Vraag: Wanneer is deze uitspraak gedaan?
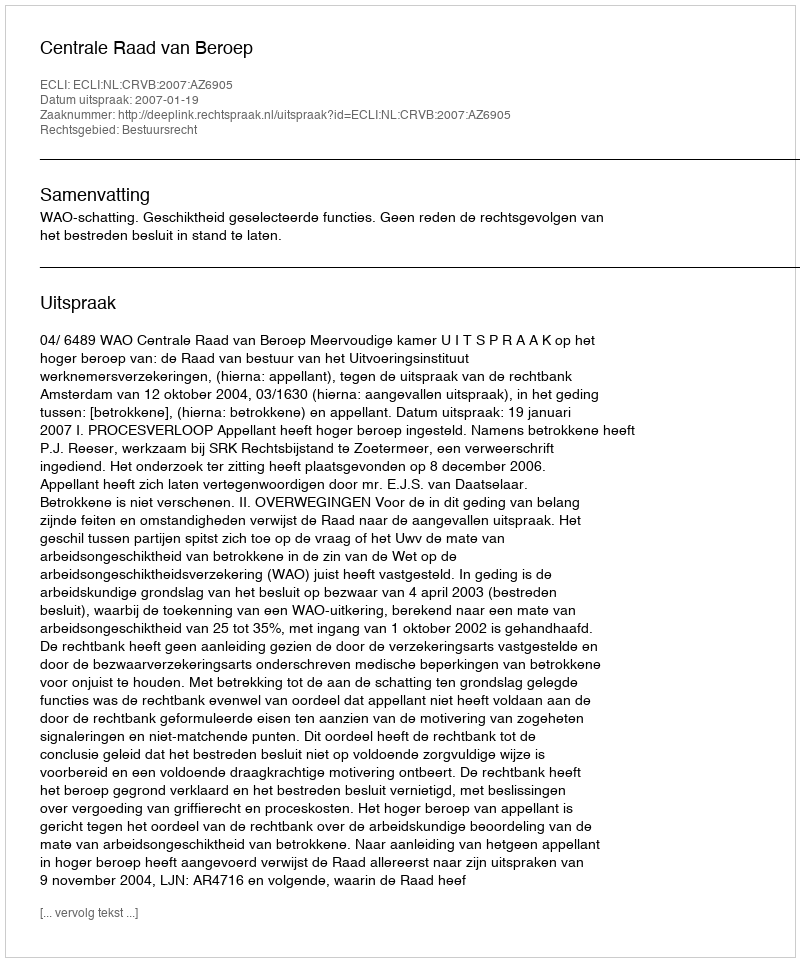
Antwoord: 2007-01-19